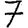
Digit: 7